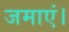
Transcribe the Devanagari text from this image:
जमाएं।